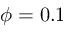
\phi = 0 . 1